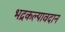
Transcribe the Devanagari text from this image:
भद्रकल्पावदान